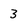
Character: 3